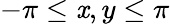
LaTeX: -\pi\leq\mathit{x},y\leq\pi